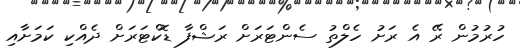
ހުރުމުން ރޭ އެ ރަށު ހެލްތު ސެންޓަރަށް ރަޝްފާ ޑޮކްޓަރަށް ދެއްކި ކަމަށާއި